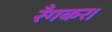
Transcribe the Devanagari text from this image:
रँगकर।